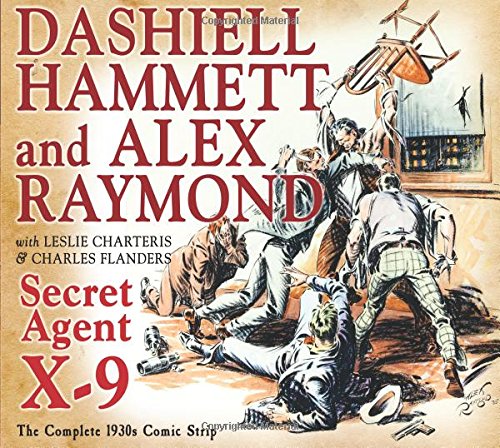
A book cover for Secret Agent X-9: By Dashiell Hammett and Alex Raymond (The Library of American Comics); Dashiell Hammett; Comics & Graphic Novels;